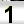
Digit: 1